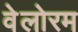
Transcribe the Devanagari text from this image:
वेलोरम